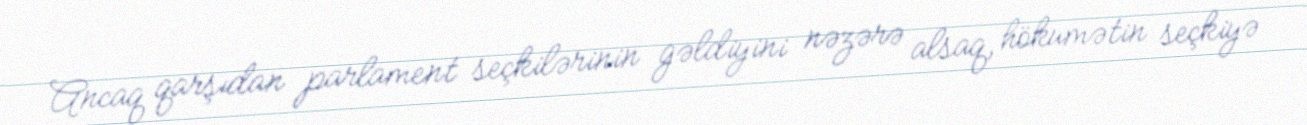
Ancaq qarşıdan parlament seçkilərinin gəldiyini nəzərə alsaq, hökumətin seçkiyə